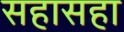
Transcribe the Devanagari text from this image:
सहासहा